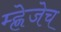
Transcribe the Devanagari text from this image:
म्ह्णेजेच